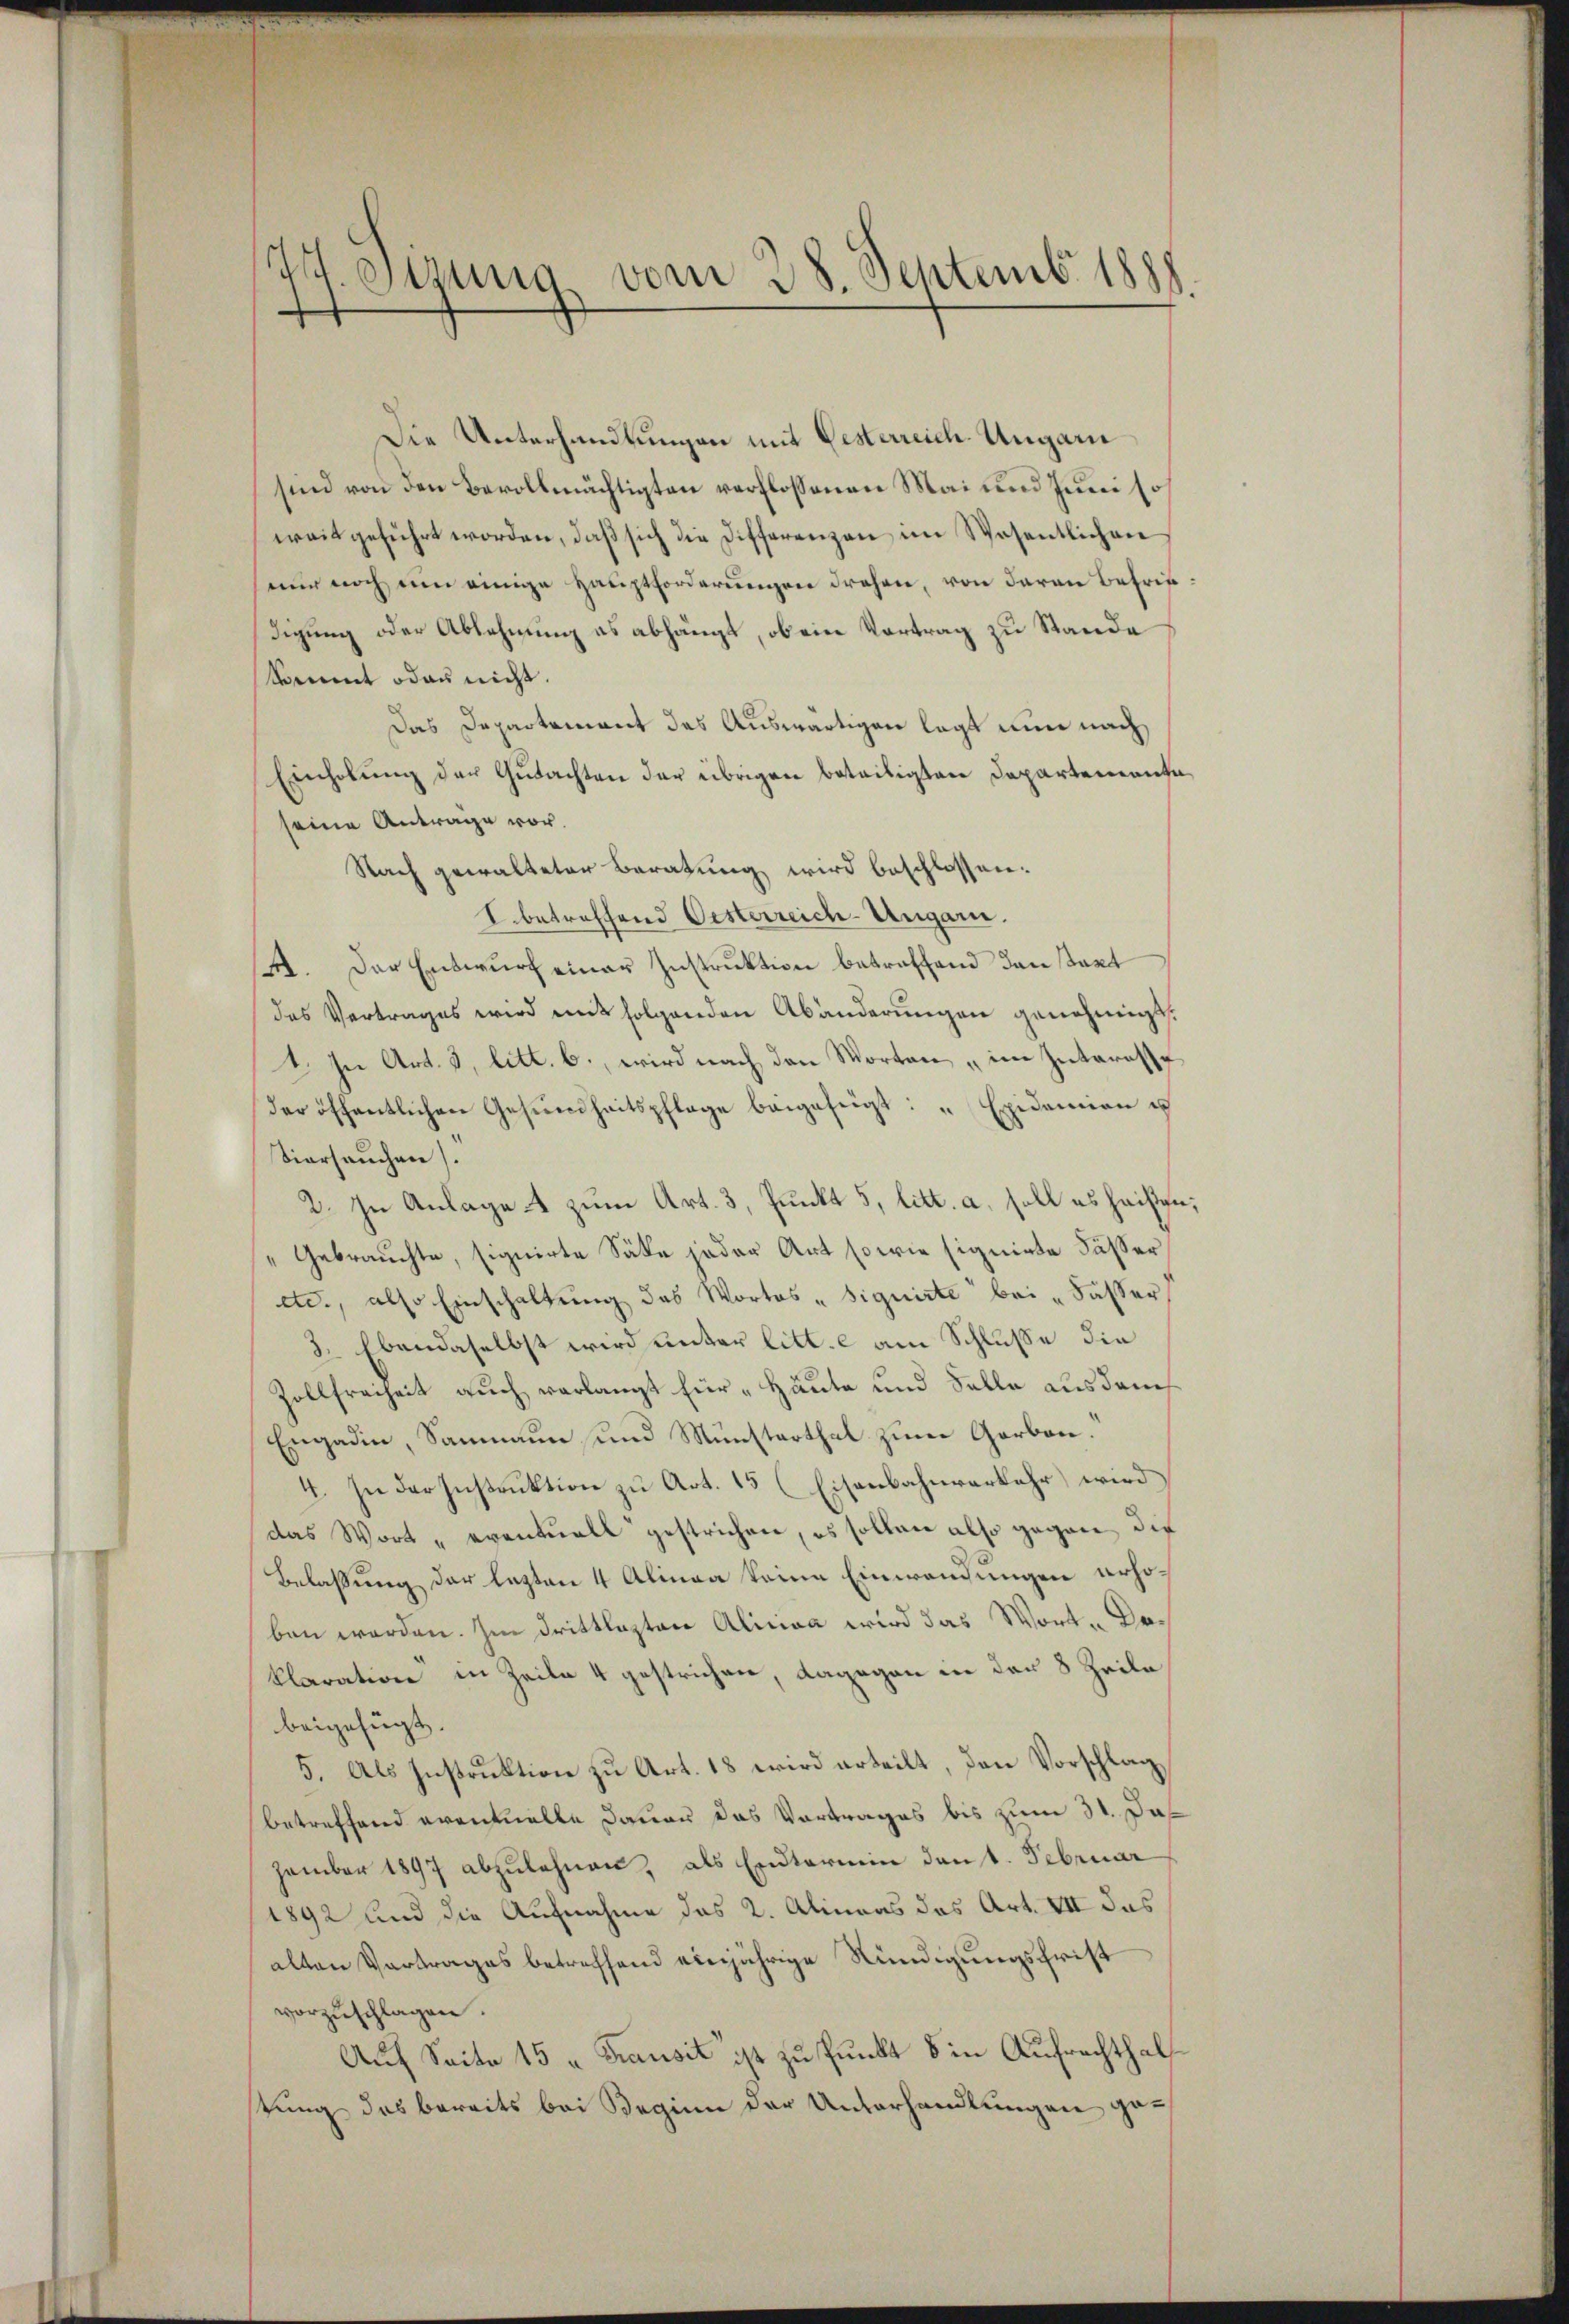
H. etzung vom 28. Septemb. 1888.

Die Unterhandlungen mit Gesterreich. Ungarn
sind von den Bevollmächtigten verflossenen Mai und Juni so
weit geführt worden, daß sich die Differenzen im Wesentlichen
nur noch eine einige Hauptforderungen drehen, von daran Befriedigung oder Ablehnung es abhängt, ob ein Vortrag zu Stande
Sament oder nicht.
Das Departement das Auswärtigen legt nun nach
Einholung der Gutachten der übrigen beteiligten Departemente
seine Antrage vor.
Nach gewalteter Beratung wird beschlossen:
I. betreffend Oesterreich-Ungarn.
. Der Entwurf einer Instruktion betreffend den start
das Vertrages wird mit folgenden Abänderungen genehmigt.
1. In Art. 3, litt. b., wird nach den Worten im Interesse
der öffentlichen Gesundheitspflege beigefügt: „Exidemien is
Tierseuchen).
2. In Anlage zum Art. 3, Punkt 5, litt. a, soll es heißen,
" Gebrauchte, signirte Säte jeder Art so wie signirte Fässer
etc., also Einschaltung des Wortes "Siguirte bei „Fässer
3. Ebendaselbst wird unter litt. e am Schluße die
Zollfreiheit auch verlangt für "Häute und Selle aus dem
Engadin, Saumann und Münsterthal zum Garben.
4. In der Instruktion zu Art. 15 (Eisenbahnverkehr wird
das Wort „eventuell gestrichen, es sollen also gegen die
Belassung der lezten 4 Alinea keine Einwendungen erhoben werden. Im drittlezten Alinea wird das Wort- Daklaration in Zeile 4 gestrichen, dagegen in den 8 Zeile
beigefügt.
5. Als Instruktion zu Art. 18 wird erteilt, den Vorschlag
betreffend eventuelle Dauer das Vortrages bis zum 31. Das
zember 1897 abzulehnen, als Endtermin dent. Februar
1892 und die Aufnahme das 2. Alineas das Art. VII das
alten Vortrages betreffend einjährige Kündigungsfrist
vorzŭschlagen.
Auf Seite 15 u Transit ist zu Punkt 8 in Aufrechthals
tung des bereits bei Beginn der Unterhandlungen ge¬